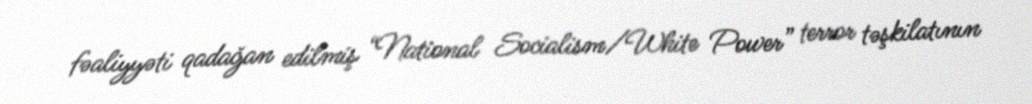
fəaliyyəti qadağan edilmiş “National Socialism/White Power” terror təşkilatının